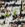
قد